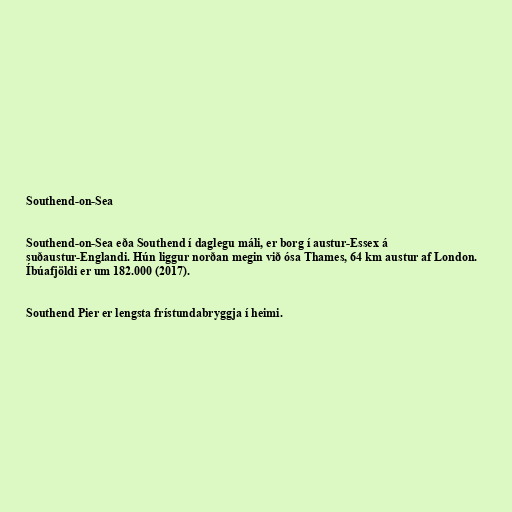
Southend-on-Sea

Southend-on-Sea eða Southend í daglegu máli, er borg í austur-Essex á
suðaustur-Englandi. Hún liggur norðan megin við ósa Thames, 64 km austur af London.
Íbúafjöldi er um 182.000 (2017).

Southend Pier er lengsta frístundabryggja í heimi.